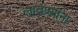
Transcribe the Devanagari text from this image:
लावण्यांना